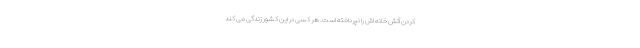
کردن آتش خانه اش را نپرداخته است. هر کسی در این کشور زندگی می کند